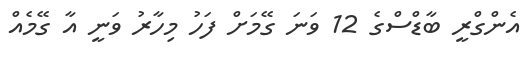
އެންގްރީ ބާޑްސްގެ 12 ވަނަ ގޭމަށް ފަހު މިހާރު ވަނީ އާ ގޭމެއް